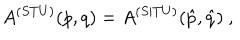
A ^ { ( S T U ) } ( p , q ) = A ^ { ( S | T U ) } ( \hat { p } , \hat { q } ) \ ,